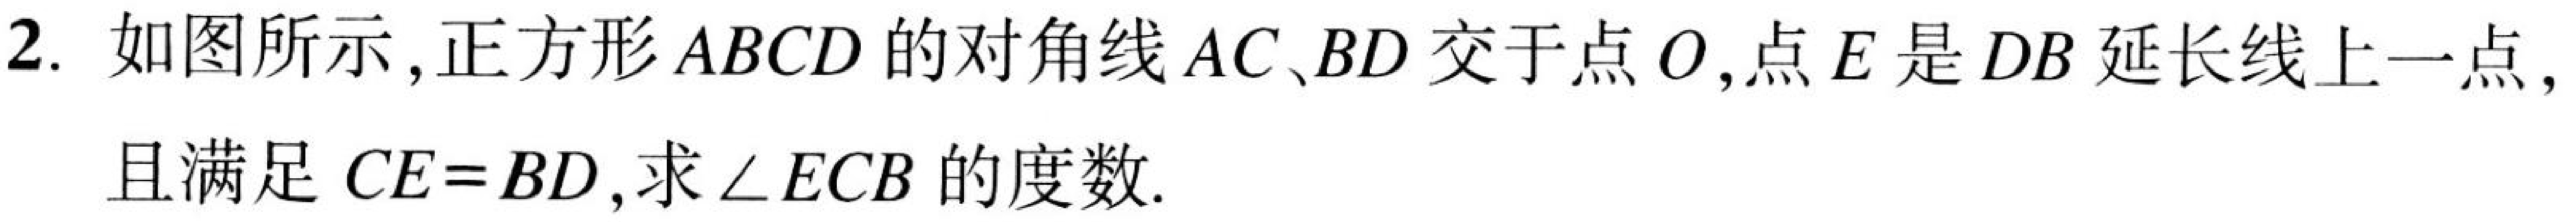
2. 如图所示, 正方形 \(ABCD\) 的对角线 \(AC、BD\) 交于点 \(O\), 点 \(E\) 是 \(DB\) 延长线上一点, 且满足 \(CE = BD\), 求 \(\angle ECB\) 的度数.